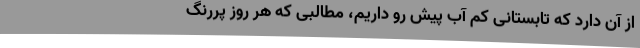
از آن دارد که تابستانی کم آب پیش رو داریم، مطالبی که هر روز پررنگ